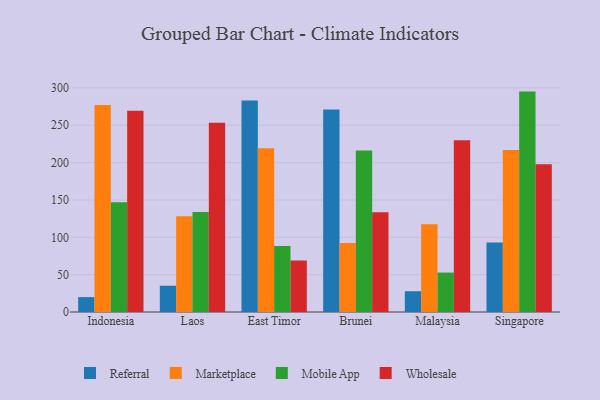
{"axis": {"x": "Country", "y": "Net Income (USD K)"}, "legend": ["Marketplace", "Mobile App", "Referral", "Wholesale"], "data": [{"x": "Indonesia", "y": 19.9, "type": "Referral"}, {"x": "Indonesia", "y": 277.3, "type": "Marketplace"}, {"x": "Indonesia", "y": 147.1, "type": "Mobile App"}, {"x": "Indonesia", "y": 269.6, "type": "Wholesale"}, {"x": "Laos", "y": 35.2, "type": "Referral"}, {"x": "Laos", "y": 128.3, "type": "Marketplace"}, {"x": "Laos", "y": 134.0, "type": "Mobile App"}, {"x": "Laos", "y": 253.5, "type": "Wholesale"}, {"x": "East Timor", "y": 283.2, "type": "Referral"}, {"x": "East Timor", "y": 219.2, "type": "Marketplace"}, {"x": "East Timor", "y": 88.3, "type": "Mobile App"}, {"x": "East Timor", "y": 69.0, "type": "Wholesale"}, {"x": "Brunei", "y": 271.3, "type": "Referral"}, {"x": "Brunei", "y": 92.4, "type": "Marketplace"}, {"x": "Brunei", "y": 216.1, "type": "Mobile App"}, {"x": "Brunei", "y": 133.5, "type": "Wholesale"}, {"x": "Malaysia", "y": 27.8, "type": "Referral"}, {"x": "Malaysia", "y": 117.6, "type": "Marketplace"}, {"x": "Malaysia", "y": 52.8, "type": "Mobile App"}, {"x": "Malaysia", "y": 230.1, "type": "Wholesale"}, {"x": "Singapore", "y": 92.9, "type": "Referral"}, {"x": "Singapore", "y": 216.8, "type": "Marketplace"}, {"x": "Singapore", "y": 295.1, "type": "Mobile App"}, {"x": "Singapore", "y": 197.8, "type": "Wholesale"}]}